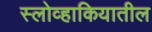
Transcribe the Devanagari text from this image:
स्लोव्हाकियातील